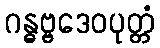
ဂန္ဓဗ္ဗဒေဝပုတ္တံ